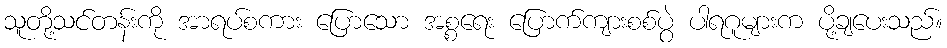
သူတို့သင်တန်းကို အာရပ်စကား ပြောသော အစ္စရေး ပြောက်ကျားစစ်ပွဲ ပါရဂူများက ပို့ချပေးသည်။